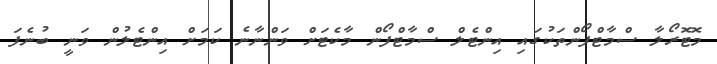
މޮޓޮރޯލާ ސްމާޓްފޯންތަކުގައި އިންޓެލް ސްމާޓްފޯން މާކެޓަށް ވަންނާނެ ކަމަށް އިންޓެލުން ވަނީ ބުނެފަ